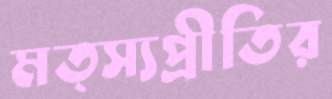
মত্স্যপ্রীতির